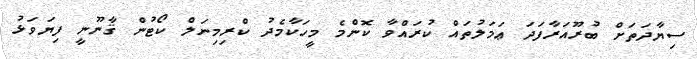
ސިޔާދަތަށް ބުރޫއަރާފަދަ ޢަމަލުތައް ކުރައްވާ ކޮންމެ މީހަކާމެދު ކްރިމިނަލް ކޯޓުން ޤާނޫނީ ފިޔަވަޅު